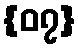
{၀၇}